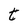
Character: t